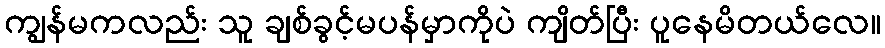
ကျွန်မကလည်း သူ ချစ်ခွင့်မပန်မှာကိုပဲ ကျိတ်ပြီး ပူနေမိတယ်လေ။